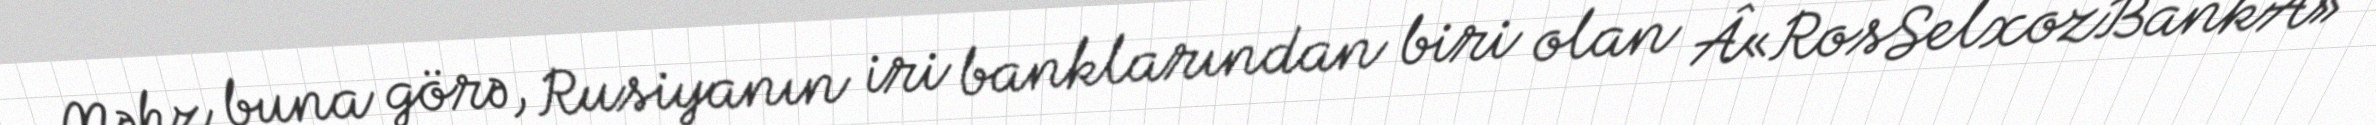
Məhz buna görə, Rusiyanın iri banklarından biri olan Â«RosSelxozBankÂ»